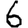
Digit: 6